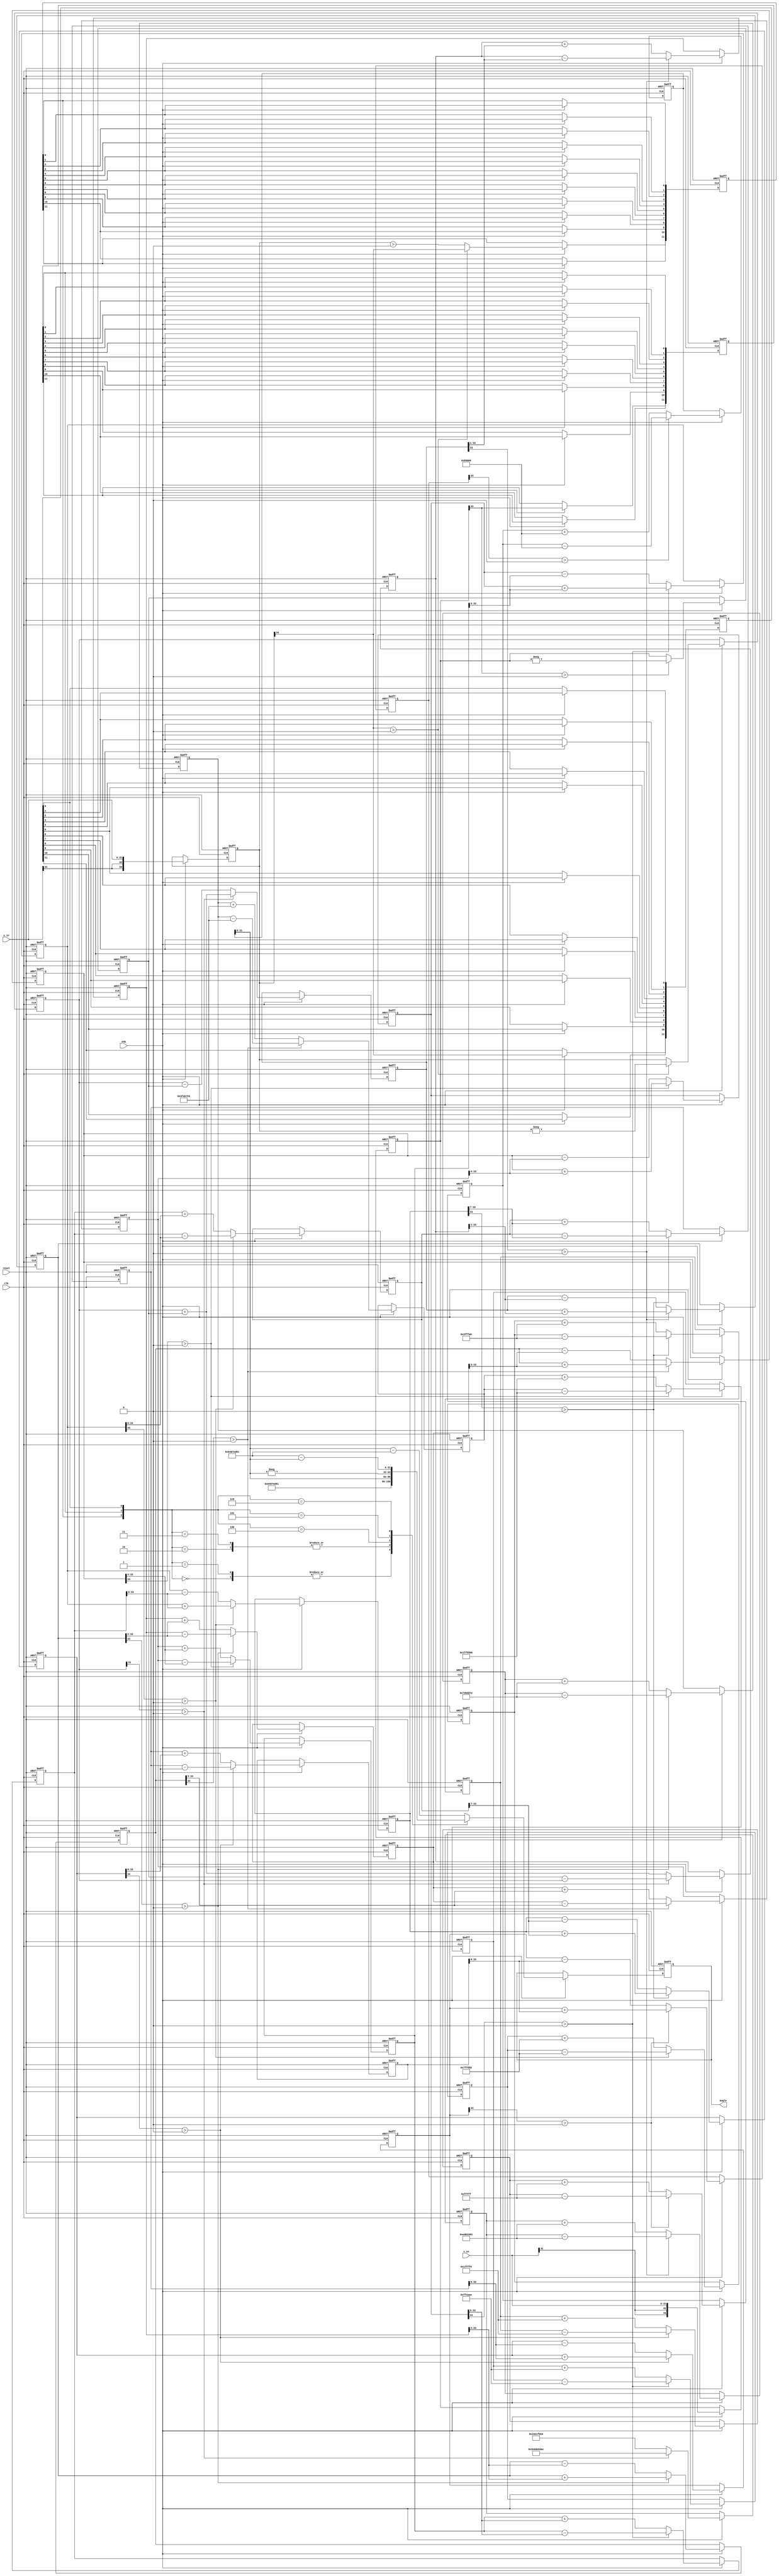
// -------------------------------------------------------------
// 
// 
// Generated by MATLAB 9.12 and HDL Coder 3.20
// 
// -------------------------------------------------------------


// -------------------------------------------------------------
// 
// Module: atan2_cordic_nw
// Source Path: fixedpoint/Enabled Subsystem/atan2_cordic_nw
// Hierarchy Level: 1
// 
// -------------------------------------------------------------

`timescale 1 ns / 1 ns

module atan2_cordic_nw
          (clk,
           reset,
           enb,
           y_in,
           x_in,
           angle);


  input   clk;
  input   reset;
  input   enb;
  input   signed [31:0] y_in;  // sfix32_En9
  input   signed [31:0] x_in;  // sfix32_En9
  output  signed [31:0] angle;  // sfix32_En29


  wire signed [33:0] y_in_ext;  // sfix34_En9
  reg signed [33:0] y_in_reg_out_1;  // sfix34_En9
  wire y_in_msb;  // ufix1
  wire switch_compare_1;
  wire comp_zero;  // ufix1
  wire y_non_zero;  // ufix1
  reg  [0:11] y_non_zero_reg_reg;  // ufix1 [12]
  wire [0:11] y_non_zero_reg_reg_next;  // ufix1 [12]
  wire y_non_zero_p;  // ufix1
  wire signed [33:0] x_in_ext;  // sfix34_En9
  reg signed [33:0] x_in_reg_out_1;  // sfix34_En9
  wire x_in_msb;  // ufix1
  reg  [0:11] x_quad_adjust_reg_reg;  // ufix1 [12]
  wire [0:11] x_quad_adjust_reg_reg_next;  // ufix1 [12]
  wire x_quad_adjust_p;  // ufix1
  reg  [0:11] y_quad_adjust_reg_reg;  // ufix1 [12]
  wire [0:11] y_quad_adjust_reg_reg_next;  // ufix1 [12]
  wire y_quad_adjust_p;  // ufix1
  wire [2:0] x_y_adjust;  // ufix3
  wire signed [31:0] zero;  // sfix32_En29
  wire signed [31:0] onePi_1;  // sfix32_En29
  wire switch_compare_1_1;
  wire signed [34:0] y_in_reg_neg_cast;  // sfix35_En9
  wire signed [34:0] y_in_reg_neg_cast_1;  // sfix35_En9
  wire signed [33:0] y_in_reg_neg_1;  // sfix34_En9
  wire signed [33:0] y_pre_quadcorr_out;  // sfix34_En9
  reg signed [33:0] y0_p;  // sfix34_En9
  wire y0_p_msb;  // ufix1
  wire switch_compare_1_2;
  wire switch_compare_1_3;
  wire signed [34:0] x_in_reg_neg_cast;  // sfix35_En9
  wire signed [34:0] x_in_reg_neg_cast_1;  // sfix35_En9
  wire signed [33:0] x_in_reg_neg_1;  // sfix34_En9
  wire signed [33:0] x_pre_quadcorr_out;  // sfix34_En9
  reg signed [33:0] x0_p;  // sfix34_En9
  wire signed [33:0] y_temp1;  // sfix34_En9
  wire signed [33:0] y_temp_0_1_1;  // sfix34_En9
  wire signed [33:0] y1;  // sfix34_En9
  reg signed [33:0] y1_p;  // sfix34_En9
  wire y1_p_msb;  // ufix1
  wire switch_compare_1_4;
  wire switch_compare_1_5;
  wire signed [33:0] x_temp1;  // sfix34_En9
  wire signed [33:0] x_temp_0_1_1;  // sfix34_En9
  wire signed [33:0] x1;  // sfix34_En9
  reg signed [33:0] x1_p;  // sfix34_En9
  wire signed [33:0] x_shift2;  // sfix34_En9
  wire signed [33:0] y_temp2;  // sfix34_En9
  wire signed [33:0] y_temp_0_2_1;  // sfix34_En9
  wire signed [33:0] y2;  // sfix34_En9
  reg signed [33:0] y2_p;  // sfix34_En9
  wire y2_p_msb;  // ufix1
  wire switch_compare_1_6;
  wire switch_compare_1_7;
  wire signed [33:0] y_shift2;  // sfix34_En9
  wire signed [33:0] x_temp2;  // sfix34_En9
  wire signed [33:0] x_temp_0_2_1;  // sfix34_En9
  wire signed [33:0] x2;  // sfix34_En9
  reg signed [33:0] x2_p;  // sfix34_En9
  wire signed [33:0] x_shift3;  // sfix34_En9
  wire signed [33:0] y_temp3;  // sfix34_En9
  wire signed [33:0] y_temp_0_3_1;  // sfix34_En9
  wire signed [33:0] y3;  // sfix34_En9
  reg signed [33:0] y3_p;  // sfix34_En9
  wire y3_p_msb;  // ufix1
  wire switch_compare_1_8;
  wire switch_compare_1_9;
  wire signed [33:0] y_shift3;  // sfix34_En9
  wire signed [33:0] x_temp3;  // sfix34_En9
  wire signed [33:0] x_temp_0_3_1;  // sfix34_En9
  wire signed [33:0] x3;  // sfix34_En9
  reg signed [33:0] x3_p;  // sfix34_En9
  wire signed [33:0] x_shift4;  // sfix34_En9
  wire signed [33:0] y_temp4;  // sfix34_En9
  wire signed [33:0] y_temp_0_4_1;  // sfix34_En9
  wire signed [33:0] y4;  // sfix34_En9
  reg signed [33:0] y4_p;  // sfix34_En9
  wire y4_p_msb;  // ufix1
  wire switch_compare_1_10;
  wire switch_compare_1_11;
  wire signed [33:0] y_shift4;  // sfix34_En9
  wire signed [33:0] x_temp4;  // sfix34_En9
  wire signed [33:0] x_temp_0_4_1;  // sfix34_En9
  wire signed [33:0] x4;  // sfix34_En9
  reg signed [33:0] x4_p;  // sfix34_En9
  wire signed [33:0] x_shift5;  // sfix34_En9
  wire signed [33:0] y_temp5;  // sfix34_En9
  wire signed [33:0] y_temp_0_5_1;  // sfix34_En9
  wire signed [33:0] y5;  // sfix34_En9
  reg signed [33:0] y5_p;  // sfix34_En9
  wire y5_p_msb;  // ufix1
  wire switch_compare_1_12;
  wire switch_compare_1_13;
  wire signed [33:0] y_shift5;  // sfix34_En9
  wire signed [33:0] x_temp5;  // sfix34_En9
  wire signed [33:0] x_temp_0_5_1;  // sfix34_En9
  wire signed [33:0] x5;  // sfix34_En9
  reg signed [33:0] x5_p;  // sfix34_En9
  wire signed [33:0] x_shift6;  // sfix34_En9
  wire signed [33:0] y_temp6;  // sfix34_En9
  wire signed [33:0] y_temp_0_6_1;  // sfix34_En9
  wire signed [33:0] y6;  // sfix34_En9
  reg signed [33:0] y6_p;  // sfix34_En9
  wire y6_p_msb;  // ufix1
  wire switch_compare_1_14;
  wire switch_compare_1_15;
  wire signed [33:0] y_shift6;  // sfix34_En9
  wire signed [33:0] x_temp6;  // sfix34_En9
  wire signed [33:0] x_temp_0_6_1;  // sfix34_En9
  wire signed [33:0] x6;  // sfix34_En9
  reg signed [33:0] x6_p;  // sfix34_En9
  wire signed [33:0] x_shift7;  // sfix34_En9
  wire signed [33:0] y_temp7;  // sfix34_En9
  wire signed [33:0] y_temp_0_7_1;  // sfix34_En9
  wire signed [33:0] y7;  // sfix34_En9
  reg signed [33:0] y7_p;  // sfix34_En9
  wire y7_p_msb;  // ufix1
  wire switch_compare_1_16;
  wire switch_compare_1_17;
  wire signed [33:0] y_shift7;  // sfix34_En9
  wire signed [33:0] x_temp7;  // sfix34_En9
  wire signed [33:0] x_temp_0_7_1;  // sfix34_En9
  wire signed [33:0] x7;  // sfix34_En9
  reg signed [33:0] x7_p;  // sfix34_En9
  wire signed [33:0] x_shift8;  // sfix34_En9
  wire signed [33:0] y_temp8;  // sfix34_En9
  wire signed [33:0] y_temp_0_8_1;  // sfix34_En9
  wire signed [33:0] y8;  // sfix34_En9
  reg signed [33:0] y8_p;  // sfix34_En9
  wire y8_p_msb;  // ufix1
  wire switch_compare_1_18;
  wire switch_compare_1_19;
  wire signed [33:0] y_shift8;  // sfix34_En9
  wire signed [33:0] x_temp8;  // sfix34_En9
  wire signed [33:0] x_temp_0_8_1;  // sfix34_En9
  wire signed [33:0] x8;  // sfix34_En9
  reg signed [33:0] x8_p;  // sfix34_En9
  wire signed [33:0] x_shift9;  // sfix34_En9
  wire signed [33:0] y_temp9;  // sfix34_En9
  wire signed [33:0] y_temp_0_9_1;  // sfix34_En9
  wire signed [33:0] y9;  // sfix34_En9
  reg signed [33:0] y9_p;  // sfix34_En9
  wire y9_p_msb;  // ufix1
  wire switch_compare_1_20;
  wire switch_compare_1_21;
  wire signed [33:0] y_shift9;  // sfix34_En9
  wire signed [33:0] x_temp9;  // sfix34_En9
  wire signed [33:0] x_temp_0_9_1;  // sfix34_En9
  wire signed [33:0] x9;  // sfix34_En9
  reg signed [33:0] x9_p;  // sfix34_En9
  wire signed [33:0] x_shift10;  // sfix34_En9
  wire signed [33:0] y_temp10;  // sfix34_En9
  wire signed [33:0] y_temp_0_10_1;  // sfix34_En9
  wire signed [33:0] y10;  // sfix34_En9
  reg signed [33:0] y10_p;  // sfix34_En9
  wire y10_p_msb;  // ufix1
  wire switch_compare_1_22;
  wire switch_compare_1_23;
  wire switch_compare_1_24;
  wire switch_compare_1_25;
  wire switch_compare_1_26;
  wire switch_compare_1_27;
  wire switch_compare_1_28;
  wire switch_compare_1_29;
  wire switch_compare_1_30;
  wire switch_compare_1_31;
  wire switch_compare_1_32;
  wire signed [33:0] z0;  // sfix34_En29
  wire signed [33:0] lut_value_s1;  // sfix34_En29
  wire signed [33:0] lut_value_temp1;  // sfix34_En29
  wire signed [33:0] y_temp_0_1_2;  // sfix34_En29
  wire signed [33:0] z1;  // sfix34_En29
  reg signed [33:0] z1_p;  // sfix34_En29
  wire signed [33:0] lut_value_s2;  // sfix34_En29
  wire signed [33:0] lut_value_temp2;  // sfix34_En29
  wire signed [33:0] y_temp_0_2_2;  // sfix34_En29
  wire signed [33:0] z2;  // sfix34_En29
  reg signed [33:0] z2_p;  // sfix34_En29
  wire signed [33:0] lut_value_s3;  // sfix34_En29
  wire signed [33:0] lut_value_temp3;  // sfix34_En29
  wire signed [33:0] y_temp_0_3_2;  // sfix34_En29
  wire signed [33:0] z3;  // sfix34_En29
  reg signed [33:0] z3_p;  // sfix34_En29
  wire signed [33:0] lut_value_s4;  // sfix34_En29
  wire signed [33:0] lut_value_temp4;  // sfix34_En29
  wire signed [33:0] y_temp_0_4_2;  // sfix34_En29
  wire signed [33:0] z4;  // sfix34_En29
  reg signed [33:0] z4_p;  // sfix34_En29
  wire signed [33:0] lut_value_s5;  // sfix34_En29
  wire signed [33:0] lut_value_temp5;  // sfix34_En29
  wire signed [33:0] y_temp_0_5_2;  // sfix34_En29
  wire signed [33:0] z5;  // sfix34_En29
  reg signed [33:0] z5_p;  // sfix34_En29
  wire signed [33:0] lut_value_s6;  // sfix34_En29
  wire signed [33:0] lut_value_temp6;  // sfix34_En29
  wire signed [33:0] y_temp_0_6_2;  // sfix34_En29
  wire signed [33:0] z6;  // sfix34_En29
  reg signed [33:0] z6_p;  // sfix34_En29
  wire signed [33:0] lut_value_s7;  // sfix34_En29
  wire signed [33:0] lut_value_temp7;  // sfix34_En29
  wire signed [33:0] y_temp_0_7_2;  // sfix34_En29
  wire signed [33:0] z7;  // sfix34_En29
  reg signed [33:0] z7_p;  // sfix34_En29
  wire signed [33:0] lut_value_s8;  // sfix34_En29
  wire signed [33:0] lut_value_temp8;  // sfix34_En29
  wire signed [33:0] y_temp_0_8_2;  // sfix34_En29
  wire signed [33:0] z8;  // sfix34_En29
  reg signed [33:0] z8_p;  // sfix34_En29
  wire signed [33:0] lut_value_s9;  // sfix34_En29
  wire signed [33:0] lut_value_temp9;  // sfix34_En29
  wire signed [33:0] y_temp_0_9_2;  // sfix34_En29
  wire signed [33:0] z9;  // sfix34_En29
  reg signed [33:0] z9_p;  // sfix34_En29
  wire signed [33:0] lut_value_s10;  // sfix34_En29
  wire signed [33:0] lut_value_temp10;  // sfix34_En29
  wire signed [33:0] y_temp_0_10_2;  // sfix34_En29
  wire signed [33:0] z10;  // sfix34_En29
  reg signed [33:0] z10_p;  // sfix34_En29
  wire signed [33:0] lut_value_s11;  // sfix34_En29
  wire signed [33:0] lut_value_temp11;  // sfix34_En29
  wire signed [33:0] y_temp_0_11;  // sfix34_En29
  wire signed [33:0] z11;  // sfix34_En29
  reg signed [33:0] z11_p;  // sfix34_En29
  wire signed [31:0] z_out;  // sfix32_En29
  wire signed [32:0] z_temp3_cast;  // sfix33_En29
  wire signed [32:0] z_temp3_cast_1;  // sfix33_En29
  wire signed [31:0] z_temp3_1;  // sfix32_En29
  wire signed [31:0] z_temp2_1;  // sfix32_En29
  wire signed [31:0] z_temp1_1;  // sfix32_En29
  reg signed [31:0] z_out_adjust;  // sfix32_En29
  reg signed [31:0] angle_1;  // sfix32_En29


  assign y_in_ext = {{2{y_in[31]}}, y_in};



  always @(posedge clk or posedge reset)
    begin : y_in_reg_out_process
      if (reset == 1'b1) begin
        y_in_reg_out_1 <= 34'sh000000000;
      end
      else begin
        if (enb) begin
          y_in_reg_out_1 <= y_in_ext;
        end
      end
    end



  assign y_in_msb = y_in_reg_out_1[33];



  assign switch_compare_1 = y_in_msb > 1'b0;



  assign comp_zero = y_in_reg_out_1 > 34'sh000000000;



  assign y_non_zero = (switch_compare_1 == 1'b0 ? comp_zero :
              y_in_msb);



  always @(posedge clk or posedge reset)
    begin : y_non_zero_reg_process
      if (reset == 1'b1) begin
        y_non_zero_reg_reg[0] <= 1'b0;
        y_non_zero_reg_reg[1] <= 1'b0;
        y_non_zero_reg_reg[2] <= 1'b0;
        y_non_zero_reg_reg[3] <= 1'b0;
        y_non_zero_reg_reg[4] <= 1'b0;
        y_non_zero_reg_reg[5] <= 1'b0;
        y_non_zero_reg_reg[6] <= 1'b0;
        y_non_zero_reg_reg[7] <= 1'b0;
        y_non_zero_reg_reg[8] <= 1'b0;
        y_non_zero_reg_reg[9] <= 1'b0;
        y_non_zero_reg_reg[10] <= 1'b0;
        y_non_zero_reg_reg[11] <= 1'b0;
      end
      else begin
        if (enb) begin
          y_non_zero_reg_reg[0] <= y_non_zero_reg_reg_next[0];
          y_non_zero_reg_reg[1] <= y_non_zero_reg_reg_next[1];
          y_non_zero_reg_reg[2] <= y_non_zero_reg_reg_next[2];
          y_non_zero_reg_reg[3] <= y_non_zero_reg_reg_next[3];
          y_non_zero_reg_reg[4] <= y_non_zero_reg_reg_next[4];
          y_non_zero_reg_reg[5] <= y_non_zero_reg_reg_next[5];
          y_non_zero_reg_reg[6] <= y_non_zero_reg_reg_next[6];
          y_non_zero_reg_reg[7] <= y_non_zero_reg_reg_next[7];
          y_non_zero_reg_reg[8] <= y_non_zero_reg_reg_next[8];
          y_non_zero_reg_reg[9] <= y_non_zero_reg_reg_next[9];
          y_non_zero_reg_reg[10] <= y_non_zero_reg_reg_next[10];
          y_non_zero_reg_reg[11] <= y_non_zero_reg_reg_next[11];
        end
      end
    end

  assign y_non_zero_p = y_non_zero_reg_reg[11];
  assign y_non_zero_reg_reg_next[0] = y_non_zero;
  assign y_non_zero_reg_reg_next[1] = y_non_zero_reg_reg[0];
  assign y_non_zero_reg_reg_next[2] = y_non_zero_reg_reg[1];
  assign y_non_zero_reg_reg_next[3] = y_non_zero_reg_reg[2];
  assign y_non_zero_reg_reg_next[4] = y_non_zero_reg_reg[3];
  assign y_non_zero_reg_reg_next[5] = y_non_zero_reg_reg[4];
  assign y_non_zero_reg_reg_next[6] = y_non_zero_reg_reg[5];
  assign y_non_zero_reg_reg_next[7] = y_non_zero_reg_reg[6];
  assign y_non_zero_reg_reg_next[8] = y_non_zero_reg_reg[7];
  assign y_non_zero_reg_reg_next[9] = y_non_zero_reg_reg[8];
  assign y_non_zero_reg_reg_next[10] = y_non_zero_reg_reg[9];
  assign y_non_zero_reg_reg_next[11] = y_non_zero_reg_reg[10];



  assign x_in_ext = {{2{x_in[31]}}, x_in};



  always @(posedge clk or posedge reset)
    begin : x_in_reg_out_process
      if (reset == 1'b1) begin
        x_in_reg_out_1 <= 34'sh000000000;
      end
      else begin
        if (enb) begin
          x_in_reg_out_1 <= x_in_ext;
        end
      end
    end



  assign x_in_msb = x_in_reg_out_1[33];



  always @(posedge clk or posedge reset)
    begin : x_quad_adjust_reg_process
      if (reset == 1'b1) begin
        x_quad_adjust_reg_reg[0] <= 1'b0;
        x_quad_adjust_reg_reg[1] <= 1'b0;
        x_quad_adjust_reg_reg[2] <= 1'b0;
        x_quad_adjust_reg_reg[3] <= 1'b0;
        x_quad_adjust_reg_reg[4] <= 1'b0;
        x_quad_adjust_reg_reg[5] <= 1'b0;
        x_quad_adjust_reg_reg[6] <= 1'b0;
        x_quad_adjust_reg_reg[7] <= 1'b0;
        x_quad_adjust_reg_reg[8] <= 1'b0;
        x_quad_adjust_reg_reg[9] <= 1'b0;
        x_quad_adjust_reg_reg[10] <= 1'b0;
        x_quad_adjust_reg_reg[11] <= 1'b0;
      end
      else begin
        if (enb) begin
          x_quad_adjust_reg_reg[0] <= x_quad_adjust_reg_reg_next[0];
          x_quad_adjust_reg_reg[1] <= x_quad_adjust_reg_reg_next[1];
          x_quad_adjust_reg_reg[2] <= x_quad_adjust_reg_reg_next[2];
          x_quad_adjust_reg_reg[3] <= x_quad_adjust_reg_reg_next[3];
          x_quad_adjust_reg_reg[4] <= x_quad_adjust_reg_reg_next[4];
          x_quad_adjust_reg_reg[5] <= x_quad_adjust_reg_reg_next[5];
          x_quad_adjust_reg_reg[6] <= x_quad_adjust_reg_reg_next[6];
          x_quad_adjust_reg_reg[7] <= x_quad_adjust_reg_reg_next[7];
          x_quad_adjust_reg_reg[8] <= x_quad_adjust_reg_reg_next[8];
          x_quad_adjust_reg_reg[9] <= x_quad_adjust_reg_reg_next[9];
          x_quad_adjust_reg_reg[10] <= x_quad_adjust_reg_reg_next[10];
          x_quad_adjust_reg_reg[11] <= x_quad_adjust_reg_reg_next[11];
        end
      end
    end

  assign x_quad_adjust_p = x_quad_adjust_reg_reg[11];
  assign x_quad_adjust_reg_reg_next[0] = x_in_msb;
  assign x_quad_adjust_reg_reg_next[1] = x_quad_adjust_reg_reg[0];
  assign x_quad_adjust_reg_reg_next[2] = x_quad_adjust_reg_reg[1];
  assign x_quad_adjust_reg_reg_next[3] = x_quad_adjust_reg_reg[2];
  assign x_quad_adjust_reg_reg_next[4] = x_quad_adjust_reg_reg[3];
  assign x_quad_adjust_reg_reg_next[5] = x_quad_adjust_reg_reg[4];
  assign x_quad_adjust_reg_reg_next[6] = x_quad_adjust_reg_reg[5];
  assign x_quad_adjust_reg_reg_next[7] = x_quad_adjust_reg_reg[6];
  assign x_quad_adjust_reg_reg_next[8] = x_quad_adjust_reg_reg[7];
  assign x_quad_adjust_reg_reg_next[9] = x_quad_adjust_reg_reg[8];
  assign x_quad_adjust_reg_reg_next[10] = x_quad_adjust_reg_reg[9];
  assign x_quad_adjust_reg_reg_next[11] = x_quad_adjust_reg_reg[10];



  always @(posedge clk or posedge reset)
    begin : y_quad_adjust_reg_process
      if (reset == 1'b1) begin
        y_quad_adjust_reg_reg[0] <= 1'b0;
        y_quad_adjust_reg_reg[1] <= 1'b0;
        y_quad_adjust_reg_reg[2] <= 1'b0;
        y_quad_adjust_reg_reg[3] <= 1'b0;
        y_quad_adjust_reg_reg[4] <= 1'b0;
        y_quad_adjust_reg_reg[5] <= 1'b0;
        y_quad_adjust_reg_reg[6] <= 1'b0;
        y_quad_adjust_reg_reg[7] <= 1'b0;
        y_quad_adjust_reg_reg[8] <= 1'b0;
        y_quad_adjust_reg_reg[9] <= 1'b0;
        y_quad_adjust_reg_reg[10] <= 1'b0;
        y_quad_adjust_reg_reg[11] <= 1'b0;
      end
      else begin
        if (enb) begin
          y_quad_adjust_reg_reg[0] <= y_quad_adjust_reg_reg_next[0];
          y_quad_adjust_reg_reg[1] <= y_quad_adjust_reg_reg_next[1];
          y_quad_adjust_reg_reg[2] <= y_quad_adjust_reg_reg_next[2];
          y_quad_adjust_reg_reg[3] <= y_quad_adjust_reg_reg_next[3];
          y_quad_adjust_reg_reg[4] <= y_quad_adjust_reg_reg_next[4];
          y_quad_adjust_reg_reg[5] <= y_quad_adjust_reg_reg_next[5];
          y_quad_adjust_reg_reg[6] <= y_quad_adjust_reg_reg_next[6];
          y_quad_adjust_reg_reg[7] <= y_quad_adjust_reg_reg_next[7];
          y_quad_adjust_reg_reg[8] <= y_quad_adjust_reg_reg_next[8];
          y_quad_adjust_reg_reg[9] <= y_quad_adjust_reg_reg_next[9];
          y_quad_adjust_reg_reg[10] <= y_quad_adjust_reg_reg_next[10];
          y_quad_adjust_reg_reg[11] <= y_quad_adjust_reg_reg_next[11];
        end
      end
    end

  assign y_quad_adjust_p = y_quad_adjust_reg_reg[11];
  assign y_quad_adjust_reg_reg_next[0] = y_in_msb;
  assign y_quad_adjust_reg_reg_next[1] = y_quad_adjust_reg_reg[0];
  assign y_quad_adjust_reg_reg_next[2] = y_quad_adjust_reg_reg[1];
  assign y_quad_adjust_reg_reg_next[3] = y_quad_adjust_reg_reg[2];
  assign y_quad_adjust_reg_reg_next[4] = y_quad_adjust_reg_reg[3];
  assign y_quad_adjust_reg_reg_next[5] = y_quad_adjust_reg_reg[4];
  assign y_quad_adjust_reg_reg_next[6] = y_quad_adjust_reg_reg[5];
  assign y_quad_adjust_reg_reg_next[7] = y_quad_adjust_reg_reg[6];
  assign y_quad_adjust_reg_reg_next[8] = y_quad_adjust_reg_reg[7];
  assign y_quad_adjust_reg_reg_next[9] = y_quad_adjust_reg_reg[8];
  assign y_quad_adjust_reg_reg_next[10] = y_quad_adjust_reg_reg[9];
  assign y_quad_adjust_reg_reg_next[11] = y_quad_adjust_reg_reg[10];



  assign x_y_adjust = {y_non_zero_p, x_quad_adjust_p, y_quad_adjust_p};



  assign zero = 32'sb00000000000000000000000000000000;



  assign onePi_1 = 32'sb01100100100001111110110101010001;



  assign switch_compare_1_1 = y_in_msb > 1'b0;



  assign y_in_reg_neg_cast = {y_in_reg_out_1[33], y_in_reg_out_1};
  assign y_in_reg_neg_cast_1 =  - (y_in_reg_neg_cast);
  assign y_in_reg_neg_1 = y_in_reg_neg_cast_1[33:0];



  assign y_pre_quadcorr_out = (switch_compare_1_1 == 1'b0 ? y_in_reg_out_1 :
              y_in_reg_neg_1);



  // Pipeline registers
  always @(posedge clk or posedge reset)
    begin : y_pre_quadcorr_out_reg_process
      if (reset == 1'b1) begin
        y0_p <= 34'sh000000000;
      end
      else begin
        if (enb) begin
          y0_p <= y_pre_quadcorr_out;
        end
      end
    end



  assign y0_p_msb = y0_p[33];



  assign switch_compare_1_2 = y0_p_msb > 1'b0;



  assign switch_compare_1_3 = x_in_msb > 1'b0;



  assign x_in_reg_neg_cast = {x_in_reg_out_1[33], x_in_reg_out_1};
  assign x_in_reg_neg_cast_1 =  - (x_in_reg_neg_cast);
  assign x_in_reg_neg_1 = x_in_reg_neg_cast_1[33:0];



  assign x_pre_quadcorr_out = (switch_compare_1_3 == 1'b0 ? x_in_reg_out_1 :
              x_in_reg_neg_1);



  // Pipeline registers
  always @(posedge clk or posedge reset)
    begin : x_pre_quadcorr_out_reg_process
      if (reset == 1'b1) begin
        x0_p <= 34'sh000000000;
      end
      else begin
        if (enb) begin
          x0_p <= x_pre_quadcorr_out;
        end
      end
    end



  assign y_temp1 = y0_p - x0_p;



  assign y_temp_0_1_1 = y0_p + x0_p;



  assign y1 = (switch_compare_1_2 == 1'b0 ? y_temp1 :
              y_temp_0_1_1);



  always @(posedge clk or posedge reset)
    begin : y_reg_process
      if (reset == 1'b1) begin
        y1_p <= 34'sh000000000;
      end
      else begin
        if (enb) begin
          y1_p <= y1;
        end
      end
    end



  assign y1_p_msb = y1_p[33];



  assign switch_compare_1_4 = y1_p_msb > 1'b0;



  assign switch_compare_1_5 = y0_p_msb > 1'b0;



  assign x_temp1 = x0_p + y0_p;



  assign x_temp_0_1_1 = x0_p - y0_p;



  assign x1 = (switch_compare_1_5 == 1'b0 ? x_temp1 :
              x_temp_0_1_1);



  // Pipeline registers
  always @(posedge clk or posedge reset)
    begin : x_reg_process
      if (reset == 1'b1) begin
        x1_p <= 34'sh000000000;
      end
      else begin
        if (enb) begin
          x1_p <= x1;
        end
      end
    end



  assign x_shift2 = x1_p >>> 8'd1;



  assign y_temp2 = y1_p - x_shift2;



  assign y_temp_0_2_1 = y1_p + x_shift2;



  assign y2 = (switch_compare_1_4 == 1'b0 ? y_temp2 :
              y_temp_0_2_1);



  always @(posedge clk or posedge reset)
    begin : y_reg_1_process
      if (reset == 1'b1) begin
        y2_p <= 34'sh000000000;
      end
      else begin
        if (enb) begin
          y2_p <= y2;
        end
      end
    end



  assign y2_p_msb = y2_p[33];



  assign switch_compare_1_6 = y2_p_msb > 1'b0;



  assign switch_compare_1_7 = y1_p_msb > 1'b0;



  assign y_shift2 = y1_p >>> 8'd1;



  assign x_temp2 = x1_p + y_shift2;



  assign x_temp_0_2_1 = x1_p - y_shift2;



  assign x2 = (switch_compare_1_7 == 1'b0 ? x_temp2 :
              x_temp_0_2_1);



  // Pipeline registers
  always @(posedge clk or posedge reset)
    begin : x_reg_1_process
      if (reset == 1'b1) begin
        x2_p <= 34'sh000000000;
      end
      else begin
        if (enb) begin
          x2_p <= x2;
        end
      end
    end



  assign x_shift3 = x2_p >>> 8'd2;



  assign y_temp3 = y2_p - x_shift3;



  assign y_temp_0_3_1 = y2_p + x_shift3;



  assign y3 = (switch_compare_1_6 == 1'b0 ? y_temp3 :
              y_temp_0_3_1);



  always @(posedge clk or posedge reset)
    begin : y_reg_2_process
      if (reset == 1'b1) begin
        y3_p <= 34'sh000000000;
      end
      else begin
        if (enb) begin
          y3_p <= y3;
        end
      end
    end



  assign y3_p_msb = y3_p[33];



  assign switch_compare_1_8 = y3_p_msb > 1'b0;



  assign switch_compare_1_9 = y2_p_msb > 1'b0;



  assign y_shift3 = y2_p >>> 8'd2;



  assign x_temp3 = x2_p + y_shift3;



  assign x_temp_0_3_1 = x2_p - y_shift3;



  assign x3 = (switch_compare_1_9 == 1'b0 ? x_temp3 :
              x_temp_0_3_1);



  // Pipeline registers
  always @(posedge clk or posedge reset)
    begin : x_reg_2_process
      if (reset == 1'b1) begin
        x3_p <= 34'sh000000000;
      end
      else begin
        if (enb) begin
          x3_p <= x3;
        end
      end
    end



  assign x_shift4 = x3_p >>> 8'd3;



  assign y_temp4 = y3_p - x_shift4;



  assign y_temp_0_4_1 = y3_p + x_shift4;



  assign y4 = (switch_compare_1_8 == 1'b0 ? y_temp4 :
              y_temp_0_4_1);



  always @(posedge clk or posedge reset)
    begin : y_reg_3_process
      if (reset == 1'b1) begin
        y4_p <= 34'sh000000000;
      end
      else begin
        if (enb) begin
          y4_p <= y4;
        end
      end
    end



  assign y4_p_msb = y4_p[33];



  assign switch_compare_1_10 = y4_p_msb > 1'b0;



  assign switch_compare_1_11 = y3_p_msb > 1'b0;



  assign y_shift4 = y3_p >>> 8'd3;



  assign x_temp4 = x3_p + y_shift4;



  assign x_temp_0_4_1 = x3_p - y_shift4;



  assign x4 = (switch_compare_1_11 == 1'b0 ? x_temp4 :
              x_temp_0_4_1);



  // Pipeline registers
  always @(posedge clk or posedge reset)
    begin : x_reg_3_process
      if (reset == 1'b1) begin
        x4_p <= 34'sh000000000;
      end
      else begin
        if (enb) begin
          x4_p <= x4;
        end
      end
    end



  assign x_shift5 = x4_p >>> 8'd4;



  assign y_temp5 = y4_p - x_shift5;



  assign y_temp_0_5_1 = y4_p + x_shift5;



  assign y5 = (switch_compare_1_10 == 1'b0 ? y_temp5 :
              y_temp_0_5_1);



  always @(posedge clk or posedge reset)
    begin : y_reg_4_process
      if (reset == 1'b1) begin
        y5_p <= 34'sh000000000;
      end
      else begin
        if (enb) begin
          y5_p <= y5;
        end
      end
    end



  assign y5_p_msb = y5_p[33];



  assign switch_compare_1_12 = y5_p_msb > 1'b0;



  assign switch_compare_1_13 = y4_p_msb > 1'b0;



  assign y_shift5 = y4_p >>> 8'd4;



  assign x_temp5 = x4_p + y_shift5;



  assign x_temp_0_5_1 = x4_p - y_shift5;



  assign x5 = (switch_compare_1_13 == 1'b0 ? x_temp5 :
              x_temp_0_5_1);



  // Pipeline registers
  always @(posedge clk or posedge reset)
    begin : x_reg_4_process
      if (reset == 1'b1) begin
        x5_p <= 34'sh000000000;
      end
      else begin
        if (enb) begin
          x5_p <= x5;
        end
      end
    end



  assign x_shift6 = x5_p >>> 8'd5;



  assign y_temp6 = y5_p - x_shift6;



  assign y_temp_0_6_1 = y5_p + x_shift6;



  assign y6 = (switch_compare_1_12 == 1'b0 ? y_temp6 :
              y_temp_0_6_1);



  always @(posedge clk or posedge reset)
    begin : y_reg_5_process
      if (reset == 1'b1) begin
        y6_p <= 34'sh000000000;
      end
      else begin
        if (enb) begin
          y6_p <= y6;
        end
      end
    end



  assign y6_p_msb = y6_p[33];



  assign switch_compare_1_14 = y6_p_msb > 1'b0;



  assign switch_compare_1_15 = y5_p_msb > 1'b0;



  assign y_shift6 = y5_p >>> 8'd5;



  assign x_temp6 = x5_p + y_shift6;



  assign x_temp_0_6_1 = x5_p - y_shift6;



  assign x6 = (switch_compare_1_15 == 1'b0 ? x_temp6 :
              x_temp_0_6_1);



  // Pipeline registers
  always @(posedge clk or posedge reset)
    begin : x_reg_5_process
      if (reset == 1'b1) begin
        x6_p <= 34'sh000000000;
      end
      else begin
        if (enb) begin
          x6_p <= x6;
        end
      end
    end



  assign x_shift7 = x6_p >>> 8'd6;



  assign y_temp7 = y6_p - x_shift7;



  assign y_temp_0_7_1 = y6_p + x_shift7;



  assign y7 = (switch_compare_1_14 == 1'b0 ? y_temp7 :
              y_temp_0_7_1);



  always @(posedge clk or posedge reset)
    begin : y_reg_6_process
      if (reset == 1'b1) begin
        y7_p <= 34'sh000000000;
      end
      else begin
        if (enb) begin
          y7_p <= y7;
        end
      end
    end



  assign y7_p_msb = y7_p[33];



  assign switch_compare_1_16 = y7_p_msb > 1'b0;



  assign switch_compare_1_17 = y6_p_msb > 1'b0;



  assign y_shift7 = y6_p >>> 8'd6;



  assign x_temp7 = x6_p + y_shift7;



  assign x_temp_0_7_1 = x6_p - y_shift7;



  assign x7 = (switch_compare_1_17 == 1'b0 ? x_temp7 :
              x_temp_0_7_1);



  // Pipeline registers
  always @(posedge clk or posedge reset)
    begin : x_reg_6_process
      if (reset == 1'b1) begin
        x7_p <= 34'sh000000000;
      end
      else begin
        if (enb) begin
          x7_p <= x7;
        end
      end
    end



  assign x_shift8 = x7_p >>> 8'd7;



  assign y_temp8 = y7_p - x_shift8;



  assign y_temp_0_8_1 = y7_p + x_shift8;



  assign y8 = (switch_compare_1_16 == 1'b0 ? y_temp8 :
              y_temp_0_8_1);



  always @(posedge clk or posedge reset)
    begin : y_reg_7_process
      if (reset == 1'b1) begin
        y8_p <= 34'sh000000000;
      end
      else begin
        if (enb) begin
          y8_p <= y8;
        end
      end
    end



  assign y8_p_msb = y8_p[33];



  assign switch_compare_1_18 = y8_p_msb > 1'b0;



  assign switch_compare_1_19 = y7_p_msb > 1'b0;



  assign y_shift8 = y7_p >>> 8'd7;



  assign x_temp8 = x7_p + y_shift8;



  assign x_temp_0_8_1 = x7_p - y_shift8;



  assign x8 = (switch_compare_1_19 == 1'b0 ? x_temp8 :
              x_temp_0_8_1);



  // Pipeline registers
  always @(posedge clk or posedge reset)
    begin : x_reg_7_process
      if (reset == 1'b1) begin
        x8_p <= 34'sh000000000;
      end
      else begin
        if (enb) begin
          x8_p <= x8;
        end
      end
    end



  assign x_shift9 = x8_p >>> 8'd8;



  assign y_temp9 = y8_p - x_shift9;



  assign y_temp_0_9_1 = y8_p + x_shift9;



  assign y9 = (switch_compare_1_18 == 1'b0 ? y_temp9 :
              y_temp_0_9_1);



  always @(posedge clk or posedge reset)
    begin : y_reg_8_process
      if (reset == 1'b1) begin
        y9_p <= 34'sh000000000;
      end
      else begin
        if (enb) begin
          y9_p <= y9;
        end
      end
    end



  assign y9_p_msb = y9_p[33];



  assign switch_compare_1_20 = y9_p_msb > 1'b0;



  assign switch_compare_1_21 = y8_p_msb > 1'b0;



  assign y_shift9 = y8_p >>> 8'd8;



  assign x_temp9 = x8_p + y_shift9;



  assign x_temp_0_9_1 = x8_p - y_shift9;



  assign x9 = (switch_compare_1_21 == 1'b0 ? x_temp9 :
              x_temp_0_9_1);



  // Pipeline registers
  always @(posedge clk or posedge reset)
    begin : x_reg_8_process
      if (reset == 1'b1) begin
        x9_p <= 34'sh000000000;
      end
      else begin
        if (enb) begin
          x9_p <= x9;
        end
      end
    end



  assign x_shift10 = x9_p >>> 8'd9;



  assign y_temp10 = y9_p - x_shift10;



  assign y_temp_0_10_1 = y9_p + x_shift10;



  assign y10 = (switch_compare_1_20 == 1'b0 ? y_temp10 :
              y_temp_0_10_1);



  always @(posedge clk or posedge reset)
    begin : y_reg_9_process
      if (reset == 1'b1) begin
        y10_p <= 34'sh000000000;
      end
      else begin
        if (enb) begin
          y10_p <= y10;
        end
      end
    end



  assign y10_p_msb = y10_p[33];



  assign switch_compare_1_22 = y10_p_msb > 1'b0;



  assign switch_compare_1_23 = y9_p_msb > 1'b0;



  assign switch_compare_1_24 = y8_p_msb > 1'b0;



  assign switch_compare_1_25 = y7_p_msb > 1'b0;



  assign switch_compare_1_26 = y6_p_msb > 1'b0;



  assign switch_compare_1_27 = y5_p_msb > 1'b0;



  assign switch_compare_1_28 = y4_p_msb > 1'b0;



  assign switch_compare_1_29 = y3_p_msb > 1'b0;



  assign switch_compare_1_30 = y2_p_msb > 1'b0;



  assign switch_compare_1_31 = y1_p_msb > 1'b0;



  assign switch_compare_1_32 = y0_p_msb > 1'b0;



  assign z0 = 34'sh000000000;



  assign lut_value_s1 = 34'sh01921FB54;



  assign lut_value_temp1 = z0 + lut_value_s1;



  assign y_temp_0_1_2 = z0 - lut_value_s1;



  assign z1 = (switch_compare_1_32 == 1'b0 ? lut_value_temp1 :
              y_temp_0_1_2);



  always @(posedge clk or posedge reset)
    begin : z_reg_process
      if (reset == 1'b1) begin
        z1_p <= 34'sh000000000;
      end
      else begin
        if (enb) begin
          z1_p <= z1;
        end
      end
    end



  assign lut_value_s2 = 34'sh00ED63383;



  assign lut_value_temp2 = z1_p + lut_value_s2;



  assign y_temp_0_2_2 = z1_p - lut_value_s2;



  assign z2 = (switch_compare_1_31 == 1'b0 ? lut_value_temp2 :
              y_temp_0_2_2);



  always @(posedge clk or posedge reset)
    begin : z_reg_1_process
      if (reset == 1'b1) begin
        z2_p <= 34'sh000000000;
      end
      else begin
        if (enb) begin
          z2_p <= z2;
        end
      end
    end



  assign lut_value_s3 = 34'sh007D6DD7E;



  assign lut_value_temp3 = z2_p + lut_value_s3;



  assign y_temp_0_3_2 = z2_p - lut_value_s3;



  assign z3 = (switch_compare_1_30 == 1'b0 ? lut_value_temp3 :
              y_temp_0_3_2);



  always @(posedge clk or posedge reset)
    begin : z_reg_2_process
      if (reset == 1'b1) begin
        z3_p <= 34'sh000000000;
      end
      else begin
        if (enb) begin
          z3_p <= z3;
        end
      end
    end



  assign lut_value_s4 = 34'sh003FAB753;



  assign lut_value_temp4 = z3_p + lut_value_s4;



  assign y_temp_0_4_2 = z3_p - lut_value_s4;



  assign z4 = (switch_compare_1_29 == 1'b0 ? lut_value_temp4 :
              y_temp_0_4_2);



  always @(posedge clk or posedge reset)
    begin : z_reg_3_process
      if (reset == 1'b1) begin
        z4_p <= 34'sh000000000;
      end
      else begin
        if (enb) begin
          z4_p <= z4;
        end
      end
    end



  assign lut_value_s5 = 34'sh001FF55BB;



  assign lut_value_temp5 = z4_p + lut_value_s5;



  assign y_temp_0_5_2 = z4_p - lut_value_s5;



  assign z5 = (switch_compare_1_28 == 1'b0 ? lut_value_temp5 :
              y_temp_0_5_2);



  always @(posedge clk or posedge reset)
    begin : z_reg_4_process
      if (reset == 1'b1) begin
        z5_p <= 34'sh000000000;
      end
      else begin
        if (enb) begin
          z5_p <= z5;
        end
      end
    end



  assign lut_value_s6 = 34'sh000FFEAAE;



  assign lut_value_temp6 = z5_p + lut_value_s6;



  assign y_temp_0_6_2 = z5_p - lut_value_s6;



  assign z6 = (switch_compare_1_27 == 1'b0 ? lut_value_temp6 :
              y_temp_0_6_2);



  always @(posedge clk or posedge reset)
    begin : z_reg_5_process
      if (reset == 1'b1) begin
        z6_p <= 34'sh000000000;
      end
      else begin
        if (enb) begin
          z6_p <= z6;
        end
      end
    end



  assign lut_value_s7 = 34'sh0007FFD55;



  assign lut_value_temp7 = z6_p + lut_value_s7;



  assign y_temp_0_7_2 = z6_p - lut_value_s7;



  assign z7 = (switch_compare_1_26 == 1'b0 ? lut_value_temp7 :
              y_temp_0_7_2);



  always @(posedge clk or posedge reset)
    begin : z_reg_6_process
      if (reset == 1'b1) begin
        z7_p <= 34'sh000000000;
      end
      else begin
        if (enb) begin
          z7_p <= z7;
        end
      end
    end



  assign lut_value_s8 = 34'sh0003FFFAB;



  assign lut_value_temp8 = z7_p + lut_value_s8;



  assign y_temp_0_8_2 = z7_p - lut_value_s8;



  assign z8 = (switch_compare_1_25 == 1'b0 ? lut_value_temp8 :
              y_temp_0_8_2);



  always @(posedge clk or posedge reset)
    begin : z_reg_7_process
      if (reset == 1'b1) begin
        z8_p <= 34'sh000000000;
      end
      else begin
        if (enb) begin
          z8_p <= z8;
        end
      end
    end



  assign lut_value_s9 = 34'sh0001FFFF5;



  assign lut_value_temp9 = z8_p + lut_value_s9;



  assign y_temp_0_9_2 = z8_p - lut_value_s9;



  assign z9 = (switch_compare_1_24 == 1'b0 ? lut_value_temp9 :
              y_temp_0_9_2);



  always @(posedge clk or posedge reset)
    begin : z_reg_8_process
      if (reset == 1'b1) begin
        z9_p <= 34'sh000000000;
      end
      else begin
        if (enb) begin
          z9_p <= z9;
        end
      end
    end



  assign lut_value_s10 = 34'sh0000FFFFF;



  assign lut_value_temp10 = z9_p + lut_value_s10;



  assign y_temp_0_10_2 = z9_p - lut_value_s10;



  assign z10 = (switch_compare_1_23 == 1'b0 ? lut_value_temp10 :
              y_temp_0_10_2);



  always @(posedge clk or posedge reset)
    begin : z_reg_9_process
      if (reset == 1'b1) begin
        z10_p <= 34'sh000000000;
      end
      else begin
        if (enb) begin
          z10_p <= z10;
        end
      end
    end



  assign lut_value_s11 = 34'sh000080000;



  assign lut_value_temp11 = z10_p + lut_value_s11;



  assign y_temp_0_11 = z10_p - lut_value_s11;



  assign z11 = (switch_compare_1_22 == 1'b0 ? lut_value_temp11 :
              y_temp_0_11);



  always @(posedge clk or posedge reset)
    begin : z_reg_10_process
      if (reset == 1'b1) begin
        z11_p <= 34'sh000000000;
      end
      else begin
        if (enb) begin
          z11_p <= z11;
        end
      end
    end



  assign z_out = z11_p[31:0];



  assign z_temp3_cast = {z_out[31], z_out};
  assign z_temp3_cast_1 =  - (z_temp3_cast);
  assign z_temp3_1 = z_temp3_cast_1[31:0];



  assign z_temp2_1 = onePi_1 - z_out;



  assign z_temp1_1 = z_out - onePi_1;



  always @(onePi_1, x_y_adjust, z_out, z_temp1_1, z_temp2_1, z_temp3_1, zero) begin
    case ( x_y_adjust)
      3'b000 :
        begin
          z_out_adjust = zero;
        end
      3'b001 :
        begin
          z_out_adjust = zero;
        end
      3'b010 :
        begin
          z_out_adjust = onePi_1;
        end
      3'b011 :
        begin
          z_out_adjust = onePi_1;
        end
      3'b100 :
        begin
          z_out_adjust = z_out;
        end
      3'b101 :
        begin
          z_out_adjust = z_temp3_1;
        end
      3'b110 :
        begin
          z_out_adjust = z_temp2_1;
        end
      default :
        begin
          z_out_adjust = z_temp1_1;
        end
    endcase
  end



  // Pipeline register for output z
  always @(posedge clk or posedge reset)
    begin : z_out_reg_process
      if (reset == 1'b1) begin
        angle_1 <= 32'sb00000000000000000000000000000000;
      end
      else begin
        if (enb) begin
          angle_1 <= z_out_adjust;
        end
      end
    end



  assign angle = angle_1;

endmodule  // atan2_cordic_nw